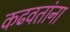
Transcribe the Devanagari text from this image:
कढवतांना